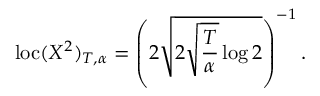
\mathrm { l o c } ( X ^ { 2 } ) _ { T , \alpha } = \left( 2 \sqrt { 2 \sqrt { \frac { T } { \alpha } } \log 2 } \right) ^ { - 1 } .